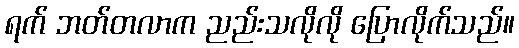
ရက် ဘတ်တလာက ညည်းသလိုလို ပြောလိုက်သည်။